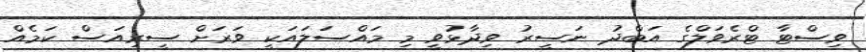
ވިސްޓާ ޓްރެވަލްގެ އަބްދު ނަސީރު ވިދާޅުވީ މި މައްސަލައަކީ ވަރަށް ސީރިއަސް ކަމެއް